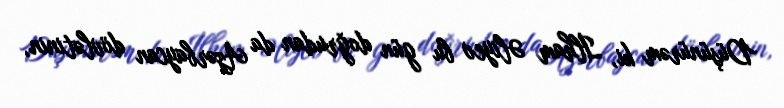
Düşünürəm ki, İlham Əliyev bu gün doğrudan da Azərbaycan dövlətinin,